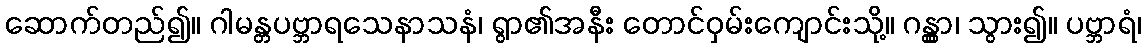
ဆောက်တည်၍။ ဂါမန္တပဗ္ဘာရသေနာသနံ၊ ရွာ၏အနီး တောင်ဝှမ်းကျောင်းသို့။ ဂန္တွာ၊ သွား၍။ ပဗ္ဘာရံ၊